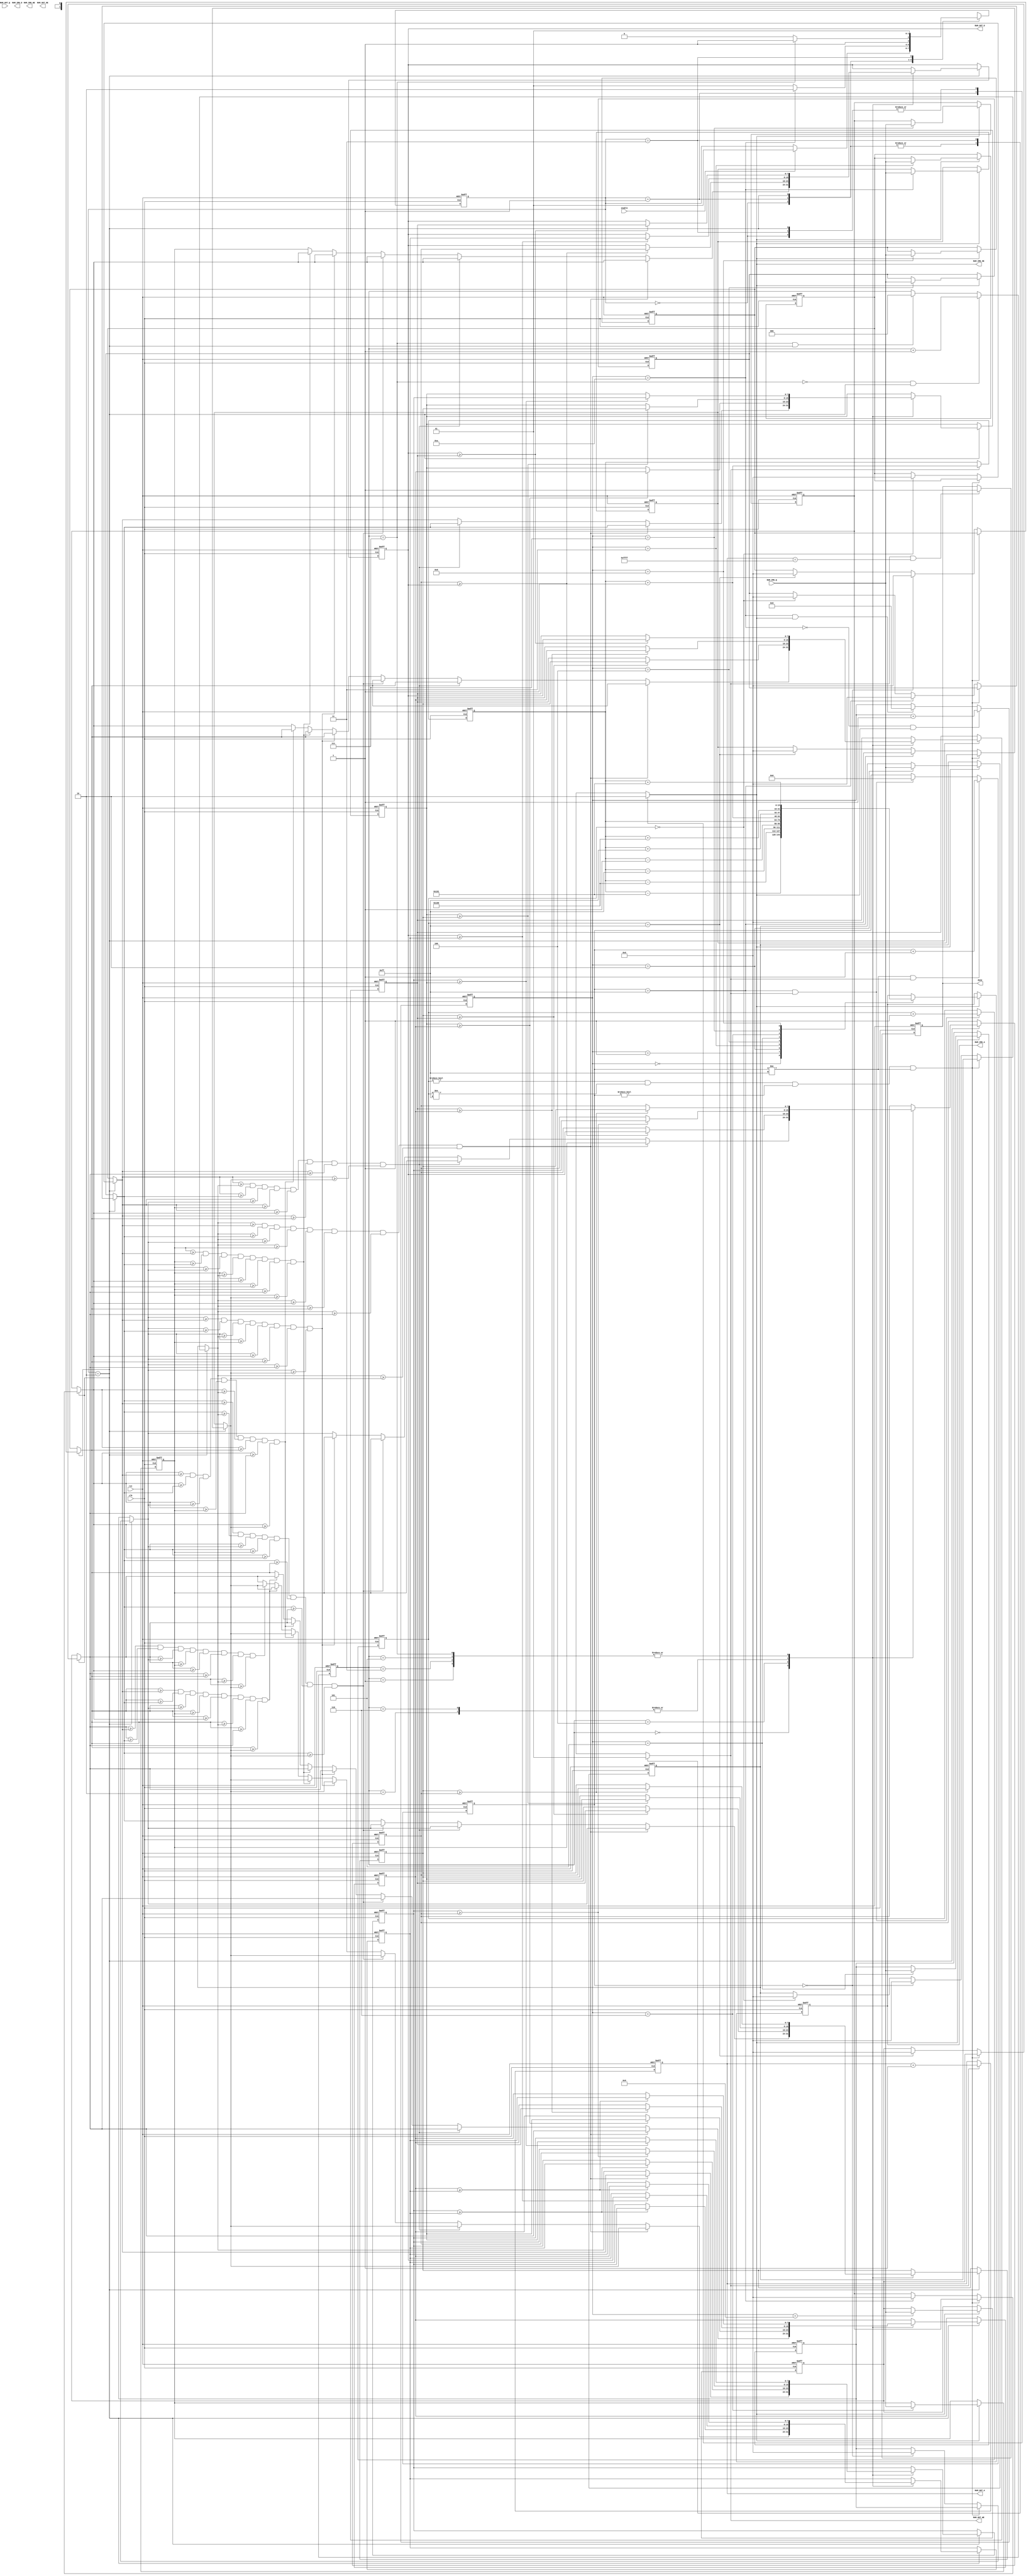
module median_fliter(
  // input port
  input                  clk,
  input                  rst,
  input               enable,
  input  [7:0]     RAM_IMG_Q,
  input  [7:0]     RAM_OUT_Q,
  // output port
  output          RAM_IMG_OE,
  output          RAM_IMG_WE,
  output [15:0]    RAM_IMG_A,
  output [7:0]     RAM_IMG_D,
  output          RAM_OUT_OE,
  output          RAM_OUT_WE,
  output [15:0]    RAM_OUT_A,
  output [7:0]     RAM_OUT_D,
  output                done
);

  // define parameter 
  parameter INITIAL  = 2'd0;
  parameter READ     = 2'd1;
  parameter SORT     = 2'd2;
  parameter WRITE    = 2'd3;
  parameter WIDTH    = 8;
  parameter DEPTH    = 515;
  //

  // define reg or wire
  reg  [15:0] p0_addr;
  wire [15:0] p1_addr;
  wire [15:0] p2_addr;
  wire [15:0] p3_addr;
  wire [15:0] p4_addr;
  wire [15:0] p5_addr;
  wire [15:0] p6_addr;
  wire [15:0] p7_addr;
  wire [15:0] p8_addr;
  wire [15:0] p0_addr_cnt_up;
  reg  [7:0]  reg0;
  reg  [7:0]  reg1;
  reg  [7:0]  reg2;
  reg  [7:0]  reg3;
  reg  [7:0]  reg4;
  reg  [7:0]  reg5;
  reg  [7:0]  reg6;
  reg  [7:0]  reg7;
  reg  [7:0]  reg8;
  reg  [7:0]  pad0;
  reg  [7:0]  pad1;
  reg  [7:0]  pad2;
  reg  [7:0]  pad3;
  reg  [7:0]  pad4;
  reg  [7:0]  pad5;
  reg  [7:0]  pad6;
  reg  [7:0]  pad7;
  reg  [7:0]  pad8;
  reg  [7:0]  sortNum1;
  reg  [7:0]  sortNum2;
  reg  [7:0]  sortNum3;
  reg  [7:0]  sortNum4;
  reg  [7:0]  sortNum5;
  reg  [7:0]  sortNum6;
  reg  [7:0]  sortNum7;
  reg  [7:0]  sortNum8;
  reg  [7:0]  sortNum9;
  reg  [7:0]  sort1_o;
  reg  [7:0]  sort2_o;
  reg  [7:0]  sort3_o;
  reg  [7:0]  sort4_o;
  reg  [7:0]  sort5_o;
  reg  [7:0]  sort6_o;
  reg  [7:0]  sort7_o;
  reg  [7:0]  sort8_o;
  reg  [1:0]  cs;
  reg  [1:0]  ns;
  reg  [15:0] RAM_IMG_A_reg;
  reg  [15:0] RAM_OUT_A_reg;
  wire [15:0] RAM_IMG_A_cnt_up;
  wire [15:0] RAM_OUT_A_cnt_up;
  reg         RAM_IMG_OE_reg;
  reg         RAM_OUT_WE_reg;
  reg  [8:0]  column_cnt;
  wire [8:0]  column_cnt_up;
  reg  [8:0]  row_cnt;
  wire [8:0]  row_cnt_up;
  reg  [3:0]  read_cnt;
  wire [3:0]  read_cnt_up;
  wire        read_done;
  reg  [2:0]  sort_cnt;
  wire [2:0]  sort_cnt_up;
  wire        sort_done;
  wire        write_done;
  reg         done_reg;
  //

  // logic
  assign p1_addr = p0_addr-16'h0101;
  assign p2_addr = p0_addr-16'h0100;
  assign p3_addr = p0_addr-16'h00ff;
  assign p4_addr = p0_addr-16'h0001;
  assign p5_addr = p0_addr+16'h0001;
  assign p6_addr = p0_addr+16'h00ff;
  assign p7_addr = p0_addr+16'h0100;
  assign p8_addr = p0_addr+16'h0101;
  assign RAM_IMG_A = RAM_IMG_A_reg;
  assign RAM_OUT_A = RAM_OUT_A_reg;
  assign RAM_IMG_A_cnt_up = RAM_IMG_A+1'd1;
  assign RAM_OUT_A_cnt_up = RAM_OUT_A+1'd1;
  assign column_cnt_up = column_cnt+1'd1;
  assign row_cnt_up = row_cnt+1'd1;
  assign read_cnt_up = read_cnt+1'd1;
  assign sort_cnt_up = sort_cnt+1'd1;
  assign p0_addr_cnt_up = p0_addr+1'd1;
  assign RAM_IMG_OE = RAM_IMG_OE_reg;
  assign RAM_OUT_WE = RAM_OUT_WE_reg;
  assign RAM_OUT_D = sort5_o;
  assign read_done = (read_cnt==4'd10);
  assign sort_done = (sort_cnt==3'd7);
  assign done = done_reg;
  assign write_done = (RAM_OUT_A==16'd65535);
  //

  // state transition
  always @(posedge clk, posedge rst) begin
    if (rst) begin
      cs <= INITIAL;
    end else cs <= ns;
  end

  always @(*) begin
    ns = cs;
    case (cs)
      INITIAL:
        begin
          if (enable) begin
            ns = READ;
          end
        end
      READ:
        begin
          if (!read_done) begin
            ns = READ;
          end else ns = SORT;
        end
      SORT:
        begin
          if (!sort_done) begin
            ns = SORT;
          end else ns = WRITE;
        end
      WRITE:
        begin
          ns = READ;
        end
    endcase
  end
  //

  // control signal
  always @(*) begin
    RAM_IMG_OE_reg=0;
    RAM_OUT_WE_reg=0;
    case (cs)
      INITIAL:
        begin

        end
      READ:
        begin
          RAM_IMG_OE_reg=1;
        end
      SORT:
        begin
          
        end
      WRITE:
        begin
          RAM_OUT_WE_reg=1;
        end
    endcase
  end
  //

  // column 0~255
  always @(posedge clk, posedge rst) begin
    if (rst) begin
      column_cnt <= 0;
    end else if (column_cnt!=9'd255 && RAM_OUT_WE) begin
      column_cnt <= column_cnt_up;
    end else if (column_cnt==9'd255 && RAM_OUT_WE) begin
      column_cnt <= 0;
    end
  end
  //

  // row 0~255
  always @(posedge clk, posedge rst) begin
    if (rst) begin
      row_cnt <= 0;
    end else if (column_cnt==9'd255 && RAM_OUT_WE) begin
      row_cnt <= row_cnt_up;
    end
  end
  //

  // p0_addr
  always @(posedge clk, posedge rst) begin
    if (rst) begin
      p0_addr <= 0;
    end else if (RAM_OUT_WE) begin
      p0_addr <= p0_addr_cnt_up;
    end 
  end
  //

  // read_cnt
  always @(posedge clk, posedge rst) begin
    if (rst) begin
      read_cnt <= 0;
    end else if (!read_done && RAM_IMG_OE) begin
      read_cnt <= read_cnt_up;
    end else if (read_done && RAM_IMG_OE) begin
      read_cnt <= 0;
    end
  end
  //

  // RAM_IMG_A
  always @(posedge clk, posedge rst) begin
    if (rst) begin
      RAM_IMG_A_reg <= 0;
    end else if (RAM_IMG_OE) begin
      case (read_cnt)
        4'd0:
          begin
            RAM_IMG_A_reg <= p1_addr;
          end
        4'd1:
          begin
            RAM_IMG_A_reg <= p2_addr;
          end
        4'd2:
          begin
            RAM_IMG_A_reg <= p3_addr;
          end
        4'd3:
          begin
            RAM_IMG_A_reg <= p4_addr;
          end
        4'd4:
          begin
            RAM_IMG_A_reg <= p0_addr;
          end
        4'd5:
          begin
            RAM_IMG_A_reg <= p5_addr;
          end
        4'd6:
          begin
            RAM_IMG_A_reg <= p6_addr;
          end
        4'd7:
          begin
            RAM_IMG_A_reg <= p7_addr;
          end
        4'd8:
          begin
            RAM_IMG_A_reg <= p8_addr;
          end   
      endcase
    end
  end
  //

  // read
  always @(posedge clk, posedge rst) begin
    if (rst) begin
      reg0 <=0;
      reg1 <=0;
      reg2 <=0;
      reg3 <=0;
      reg4 <=0;
      reg5 <=0;
      reg6 <=0;
      reg7 <=0;
      reg8 <=0;
    end else if (RAM_IMG_OE) begin
      case (read_cnt)
        4'd2:
          begin
            reg0 <= RAM_IMG_Q;
          end
        4'd3:
          begin
            reg1 <= RAM_IMG_Q;
          end
        4'd4:
          begin
            reg2 <= RAM_IMG_Q;
          end
        4'd5:
          begin
            reg3 <= RAM_IMG_Q;
          end
        4'd6:
          begin
            reg4 <= RAM_IMG_Q;
          end
        4'd7:
          begin
            reg5 <= RAM_IMG_Q;
          end
        4'd8:
          begin
            reg6 <= RAM_IMG_Q;
          end
        4'd9:
          begin
            reg7 <= RAM_IMG_Q;
          end
        4'd10:
          begin
            reg8 <= RAM_IMG_Q;
          end   
      endcase
    end
  end
  //

  // padding before sort
  always @(*) begin
    pad0 = reg0;
    pad1 = reg1;
    pad2 = reg2;
    pad3 = reg3;
    pad4 = reg4;
    pad5 = reg5;
    pad6 = reg6;
    pad7 = reg7;
    pad8 = reg8;
    if (cs==SORT) begin
      if (row_cnt!=9'd0 && row_cnt!=9'd255 && column_cnt!=9'd0 && column_cnt!=9'd255) begin
        pad0 = reg0;
        pad1 = reg1;
        pad2 = reg2;
        pad3 = reg3;
        pad4 = reg4;
        pad5 = reg5;
        pad6 = reg6;
        pad7 = reg7;
        pad8 = reg8;
      end else begin
        if (row_cnt==9'd0) begin // row0
          pad0 = 0;
          pad1 = 0;
          pad2 = 0;
        end
        if (row_cnt==9'd255) begin // row255
          pad6 = 0;
          pad7 = 0;
          pad8 = 0;
        end
        if (column_cnt==9'd0) begin // column0
          pad0 = 0;
          pad3 = 0;
          pad6 = 0;
        end 
        if (column_cnt==9'd255) begin // column255
          pad2 = 0;
          pad5 = 0;
          pad8 = 0;
        end
      end
      // if (row_cnt==9'd0||column_cnt==9'd0) begin
      //   pad0 = 0;
      // end
      // if (row_cnt==9'd0||column_cnt==9'd255) begin
      //   pad2 = 0;
      // end
      // if (row_cnt==9'd255||column_cnt==9'd0) begin
      //   pad6 = 0;
      // end
      // if (row_cnt==9'd255||column_cnt==9'd255) begin
      //   pad8 = 0;
      // end
      // if (row_cnt==9'd0) begin // row0
      //   pad1 = 0;
      // end
      // if (row_cnt==9'd255) begin // row255
      //   pad7 = 0;
      // end
      // if (column_cnt==9'd0) begin // column0
      //   pad3 = 0;
      // end 
      // if (column_cnt==9'd255) begin // column255
      //   pad5 = 0;
      // end
      // if (row_cnt==9'd0) begin // row0
      //   pad0 = 0;
      //   pad1 = 0;
      //   pad2 = 0;
      // end
      // if (row_cnt==9'd255) begin // row255
      //   pad6 = 0;
      //   pad7 = 0;
      //   pad8 = 0;
      // end
      // if (column_cnt==9'd0) begin // column0
      //   pad0 = 0;
      //   pad3 = 0;
      //   pad6 = 0;
      // end 
      // if (column_cnt==9'd255) begin // column255
      //   pad2 = 0;
      //   pad5 = 0;
      //   pad8 = 0;
      // end
    end
  end
  //

  // sort
  always @(*) begin // 
    sortNum1 = pad0;
    sortNum2 = pad1;
    sortNum3 = pad2;
    sortNum4 = pad3;
    sortNum5 = pad4;
    sortNum6 = pad5;
    sortNum7 = pad6;
    sortNum8 = pad7;
    sortNum9 = pad8;
    if (cs==SORT) begin
      if (pad0>=pad1 && pad0>=pad2 && pad0>=pad3 && pad0>=pad4 && pad0>=pad5 && pad0>=pad6 && pad0>=pad7 && pad0>=pad8) begin
        sortNum9 = pad0;
        sortNum1 = pad1;
        sortNum2 = pad2;
        sortNum3 = pad3;
        sortNum4 = pad4;
        sortNum5 = pad5;
        sortNum6 = pad6;
        sortNum7 = pad7;
        sortNum8 = pad8;
      end else if (pad1>=pad0 && pad1>=pad2 && pad1>=pad3 && pad1>=pad4 && pad1>=pad5 && pad1>=pad6 && pad1>=pad7 && pad1>=pad8) begin
        sortNum9 = pad1;
        sortNum1 = pad0;
        sortNum2 = pad2;
        sortNum3 = pad3;
        sortNum4 = pad4;
        sortNum5 = pad5;
        sortNum6 = pad6;
        sortNum7 = pad7;
        sortNum8 = pad8;
      end else if (pad2>=pad1 && pad2>=pad0 && pad2>=pad3 && pad2>=pad4 && pad2>=pad5 && pad2>=pad6 && pad2>=pad7 && pad2>=pad8) begin
        sortNum9 = pad2;
        sortNum1 = pad0;
        sortNum2 = pad1;
        sortNum3 = pad3;
        sortNum4 = pad4;
        sortNum5 = pad5;
        sortNum6 = pad6;
        sortNum7 = pad7;
        sortNum8 = pad8;
      end else if (pad3>=pad1 && pad3>=pad2 && pad3>=pad0 && pad3>=pad4 && pad3>=pad5 && pad3>=pad6 && pad3>=pad7 && pad3>=pad8) begin
        sortNum9 = pad3;
        sortNum1 = pad0;
        sortNum2 = pad1;
        sortNum3 = pad2;
        sortNum4 = pad4;
        sortNum5 = pad5;
        sortNum6 = pad6;
        sortNum7 = pad7;
        sortNum8 = pad8;
      end else if (pad4>=pad1 && pad4>=pad2 && pad4>=pad3 && pad4>=pad0 && pad4>=pad5 && pad4>=pad6 && pad4>=pad7 && pad4>=pad8) begin
        sortNum9 = pad4;
        sortNum1 = pad0;
        sortNum2 = pad1;
        sortNum3 = pad2;
        sortNum4 = pad3;
        sortNum5 = pad5;
        sortNum6 = pad6;
        sortNum7 = pad7;
        sortNum8 = pad8;
      end else if (pad5>=pad1 && pad5>=pad2 && pad5>=pad3 && pad5>=pad4 && pad5>=pad0 && pad5>=pad6 && pad5>=pad7 && pad5>=pad8) begin
        sortNum9 = pad5;
        sortNum1 = pad0;
        sortNum2 = pad1;
        sortNum3 = pad2;
        sortNum4 = pad3;
        sortNum5 = pad4;
        sortNum6 = pad6;
        sortNum7 = pad7;
        sortNum8 = pad8;
      end else if (pad6>=pad1 && pad6>=pad2 && pad6>=pad3 && pad6>=pad4 && pad6>=pad5 && pad6>=pad0 && pad6>=pad7 && pad6>=pad8) begin
        sortNum9 = pad6;
        sortNum1 = pad0;
        sortNum2 = pad1;
        sortNum3 = pad2;
        sortNum4 = pad3;
        sortNum5 = pad4;
        sortNum6 = pad5;
        sortNum7 = pad7;
        sortNum8 = pad8;
      end else if (pad7>=pad1 && pad7>=pad2 && pad7>=pad3 && pad7>=pad4 && pad7>=pad5 && pad7>=pad6 && pad7>=pad0 && pad7>=pad8) begin
        sortNum9 = pad7;
        sortNum1 = pad0;
        sortNum2 = pad1;
        sortNum3 = pad2;
        sortNum4 = pad3;
        sortNum5 = pad4;
        sortNum6 = pad5;
        sortNum7 = pad6;
        sortNum8 = pad8;
      end else if (pad8>=pad1 && pad8>=pad2 && pad8>=pad3 && pad8>=pad4 && pad8>=pad5 && pad8>=pad6 && pad8>=pad7 && pad8>=pad0) begin
        sortNum9 = pad8;
        sortNum1 = pad0;
        sortNum2 = pad1;
        sortNum3 = pad2;
        sortNum4 = pad3;
        sortNum5 = pad4;
        sortNum6 = pad5;
        sortNum7 = pad6;
        sortNum8 = pad7;
      end
    end
  end

  always @(posedge clk, posedge rst) begin 
    if (rst) begin
      sort1_o <= 0;
      sort2_o <= 0;
      sort3_o <= 0;
      sort4_o <= 0;
      sort5_o <= 0;
      sort6_o <= 0;
      sort7_o <= 0;
      sort8_o <= 0;
    end else if (cs==SORT) begin
      case (sort_cnt)
        3'd0:
          begin 
            sort1_o <= sortNum1;
            sort2_o <= sortNum2;
            sort3_o <= sortNum3;
            sort4_o <= sortNum4;
            sort5_o <= sortNum5;
            sort6_o <= sortNum6;
            sort7_o <= sortNum7;
            sort8_o <= sortNum8;
          end
        3'd1: // 1<=2 3<=4 5<=6 7<=8
          begin 
            if (sort1_o>=sort2_o) begin
              sort1_o <= sort2_o;
              sort2_o <= sort1_o;
            end
            if (sort3_o>=sort4_o) begin
              sort3_o <= sort4_o;
              sort4_o <= sort3_o;
            end 
            if (sort5_o>=sort6_o) begin
              sort5_o <= sort6_o;
              sort6_o <= sort5_o;
            end
            if (sort7_o>=sort8_o) begin
              sort7_o <= sort8_o;
              sort8_o <= sort7_o;
            end
          end
        3'd2: // 12345678  
          begin
            if (sort1_o>=sort4_o) begin
              sort1_o <= sort4_o;
              sort4_o <= sort1_o;
            end
            if (sort2_o>=sort3_o) begin
              sort2_o <= sort3_o;
              sort3_o <= sort2_o;
            end
            if (sort5_o>=sort8_o) begin
              sort5_o <= sort8_o;
              sort8_o <= sort5_o;
            end
            if (sort6_o>=sort7_o) begin
              sort6_o <= sort7_o;
              sort7_o <= sort6_o;
            end
          end
        3'd3: // 12345678
          begin 
            if (sort1_o>=sort2_o) begin
              sort1_o <= sort2_o;
              sort2_o <= sort1_o;
            end
            if (sort3_o>=sort4_o) begin
              sort3_o <= sort4_o;
              sort4_o <= sort3_o;
            end 
            if (sort5_o>=sort6_o) begin
              sort5_o <= sort6_o;
              sort6_o <= sort5_o;
            end
            if (sort7_o>=sort8_o) begin
              sort7_o <= sort8_o;
              sort8_o <= sort7_o;
            end
          end
        3'd4: // min:1234 max:5678
          begin 
            if (sort1_o>=sort8_o) begin
              sort1_o <= sort8_o;
              sort8_o <= sort1_o;
            end
            if (sort2_o>=sort7_o) begin
              sort2_o <= sort7_o;
              sort7_o <= sort2_o;
            end 
            if (sort3_o>=sort6_o) begin
              sort3_o <= sort6_o;
              sort6_o <= sort3_o;
            end
            if (sort4_o>=sort5_o) begin
              sort4_o <= sort5_o;
              sort5_o <= sort4_o;
            end
          end
        3'd5: // 3'd1
          begin 
            if (sort1_o>=sort2_o) begin
              sort1_o <= sort2_o;
              sort2_o <= sort1_o;
            end
            if (sort3_o>=sort4_o) begin
              sort3_o <= sort4_o;
              sort4_o <= sort3_o;
            end 
            if (sort5_o>=sort6_o) begin
              sort5_o <= sort6_o;
              sort6_o <= sort5_o;
            end
            if (sort7_o>=sort8_o) begin
              sort7_o <= sort8_o;
              sort8_o <= sort7_o;
            end
          end
        3'd6: // 3'd2
          begin 
            if (sort1_o>=sort4_o) begin
              sort1_o <= sort4_o;
              sort4_o <= sort1_o;
            end
            if (sort2_o>=sort3_o) begin
              sort2_o <= sort3_o;
              sort3_o <= sort2_o;
            end
            if (sort5_o>=sort8_o) begin
              sort5_o <= sort8_o;
              sort8_o <= sort5_o;
            end
            if (sort6_o>=sort7_o) begin
              sort6_o <= sort7_o;
              sort7_o <= sort6_o;
            end
          end
        3'd7: // 3'd3 --> 12345678  min:1234 max:5678
          begin 
            if (sort1_o>=sort2_o) begin
              sort1_o <= sort2_o;
              sort2_o <= sort1_o;
            end
            if (sort3_o>=sort4_o) begin
              sort3_o <= sort4_o;
              sort4_o <= sort3_o;
            end 
            if (sort5_o>=sort6_o) begin
              sort5_o <= sort6_o;
              sort6_o <= sort5_o;
            end
            if (sort7_o>=sort8_o) begin
              sort7_o <= sort8_o;
              sort8_o <= sort7_o;
            end
          end
      endcase
    end
  end
  //

  // sort_cnt
  always @(posedge clk, posedge rst) begin
    if (rst) begin
      sort_cnt <= 0;
    end else if (!sort_done && cs==SORT) begin
      sort_cnt <= sort_cnt_up; 
    end else if (sort_done && cs==SORT) begin
      sort_cnt <= 0;
    end
  end
  //

  // output signal
  always @(posedge clk, posedge rst) begin
    if (rst) begin
      RAM_OUT_A_reg <= 0;
    end else if (RAM_OUT_WE) begin
      RAM_OUT_A_reg <= RAM_OUT_A_cnt_up;
    end
  end
  //

  // done
  always @(posedge clk, posedge rst) begin
    if (rst) begin
      done_reg <= 0;
    end else if (RAM_OUT_WE && write_done) begin
      done_reg <= 1;
    end
  end
  //
  
endmodule